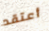
أعتقد